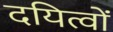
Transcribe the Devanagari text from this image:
दयित्वों